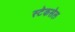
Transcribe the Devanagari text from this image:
स्टेकसेल